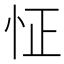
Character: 怔